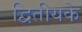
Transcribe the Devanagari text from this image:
द्वितीयके